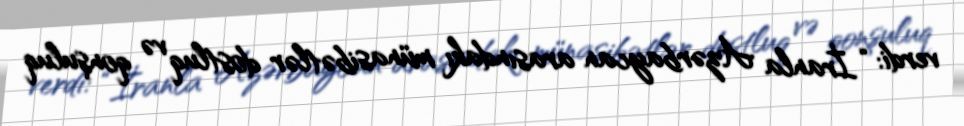
verdi: “İranla Azərbaycan arasındakı münasibətlər dostluq və qonşuluq